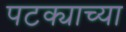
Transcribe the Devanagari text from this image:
पटक्याच्या